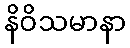
နိဝိသမာနာ